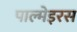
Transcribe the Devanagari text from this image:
पाल्मेइरस